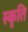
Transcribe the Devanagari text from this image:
स्कृति